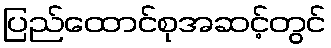
ပြည်ထောင်စုအဆင့်တွင်